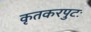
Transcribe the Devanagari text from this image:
कृतकरपुटः